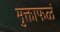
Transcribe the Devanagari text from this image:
मुक्ताफळं